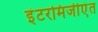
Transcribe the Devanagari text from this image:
इंटरमिजीएंत